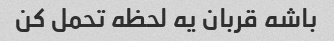
باشه قربان یه لحظه تحمل کن